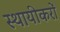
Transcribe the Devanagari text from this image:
स्थायीकरों